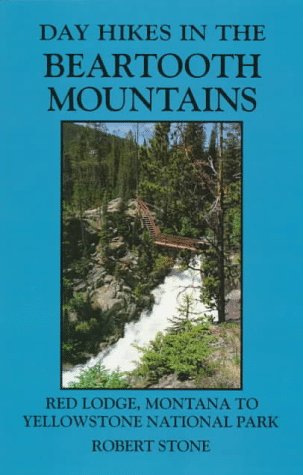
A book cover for Day Hikes in the Beartooth Mountains; Robert Stone; Travel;